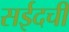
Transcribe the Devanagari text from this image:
सईदची